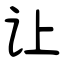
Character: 让